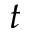
t